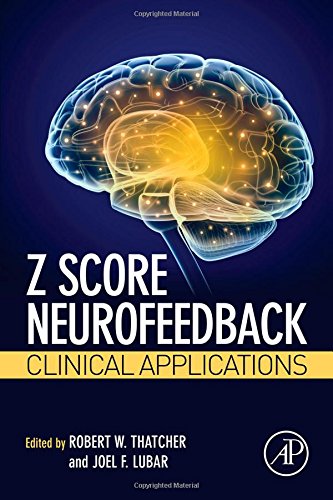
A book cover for Z Score Neurofeedback: Clinical Applications; Medical Books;